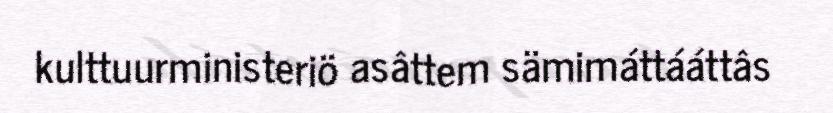
kulttuurministeriö asâttem sämimáttááttâs